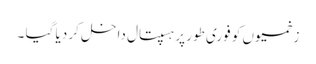
زخمیوں کو فوری طور پر ہسپتال داخل کر دیا گیا ۔